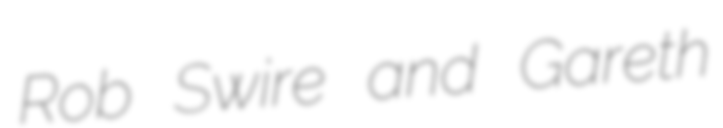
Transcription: Rob Swire and Gareth